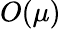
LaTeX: O(\mu)